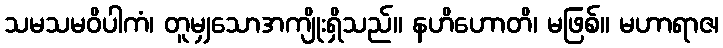
သမသမဝိပါကံ၊ တူမျှသောအကျိုးရှိသည်။ နဟိဟောတိ၊ မဖြစ်။ မဟာရာဇ၊